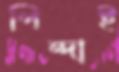
পিন্দাই